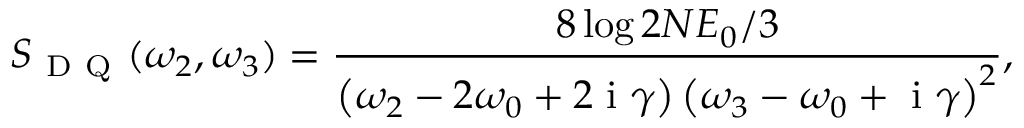
S _ { \mathrm { ~ D ~ Q ~ } } ( \omega _ { 2 } , \omega _ { 3 } ) = \frac { 8 \log 2 N E _ { 0 } / 3 } { \left( \omega _ { 2 } - 2 \omega _ { 0 } + 2 \ensuremath { \mathrm { ~ i ~ } } \gamma \right) \left( \omega _ { 3 } - \omega _ { 0 } + \ensuremath { \mathrm { ~ i ~ } } \gamma \right) ^ { 2 } } ,